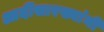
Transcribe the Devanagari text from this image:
आदींसारख्यांनी